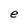
Character: e